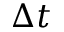
\Delta t